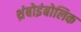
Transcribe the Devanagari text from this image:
थ्रंबोइंबोलिक